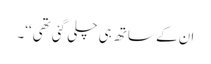
ان کے ساتھ ہی چلی گئی تھی‘‘۔